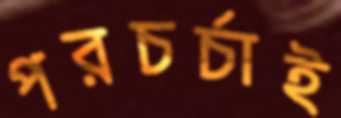
পরচর্চাই